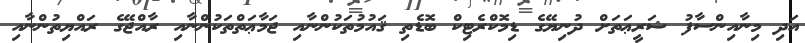
އަދި މިނާއިންސާފު ޝަރީޢަތަށް ދުނިޔޭގެ ޑިމޮކްރެޓިކް ބޮޑެތި ޤައުމުތަކުންނާއި ޖަމާޢަތްތަކުންނާއި ރާއްޖޭގެ ރައްޔިތުންނާއި